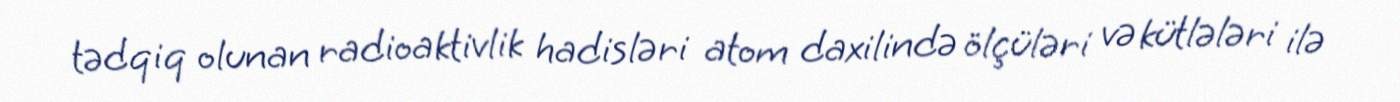
tədqiq olunan radioaktivlik hadisləri atom daxilində ölçüləri və kütlələri ilə